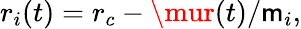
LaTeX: r_{i}(t)=r_{c}-\mur(t)/\mathsf{m}_{i},